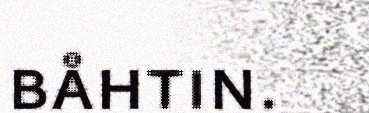
båhtin.